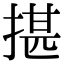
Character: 揕